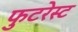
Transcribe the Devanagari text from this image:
फुटरेस्ट